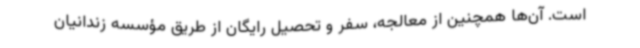
است. آن‌ها همچنین از معالجه، سفر و تحصیل رایگان از طریق مؤسسه زندانیان